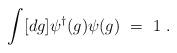
LaTeX: \begin{align*}\int [dg] \psi^{\dagger}(g)\psi(g)~=~1 \; .\end{align*}